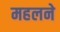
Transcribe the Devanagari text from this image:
महलने